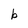
Character: b